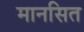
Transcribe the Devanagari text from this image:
मानसित